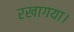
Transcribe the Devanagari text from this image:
रखागया।